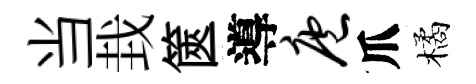
当㘽篋導庖爪橘